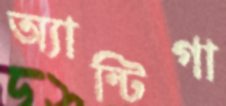
অ্যান্টিগা